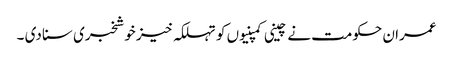
عمران حکومت نے چینی کمپنیوں کو تہلکہ خیز خوشخبری سنا دی ۔